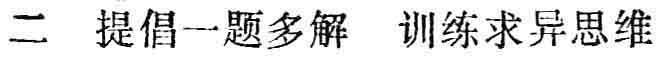
二 提倡一题多解 训练求异思维